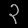
Digit: ၃